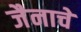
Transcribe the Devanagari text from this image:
जैनाचे